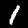
Label: 1